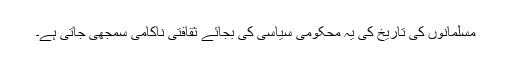
مسلمانوں کی تاریخ کی یہ محکومی سیاسی کی بجائے ثقافتی ناکامی سمجھی جاتی ہے۔